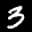
Label: 3